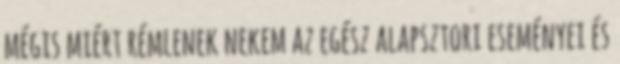
mégis miért rémlenek nekem az egész alapsztori eseményei és